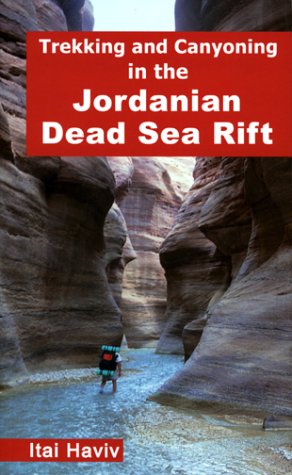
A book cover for Trekking and Canyoning in the Jordanian Dead Sea Rift; Itai Haviv; Travel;